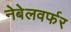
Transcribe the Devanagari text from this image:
नेबेलवर्फर